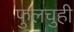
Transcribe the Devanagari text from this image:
फुलचुही